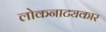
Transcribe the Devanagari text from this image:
लोकनाट्यकार